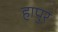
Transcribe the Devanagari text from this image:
हापुर